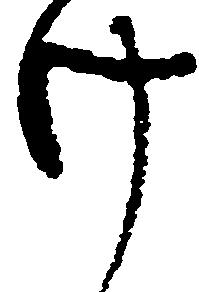
け